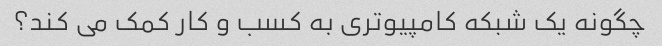
چگونه یک شبکه کامپیوتری به کسب و کار کمک می کند؟